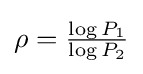
\rho ={\tfrac {\log P_{1}}{\log P_{2}}}